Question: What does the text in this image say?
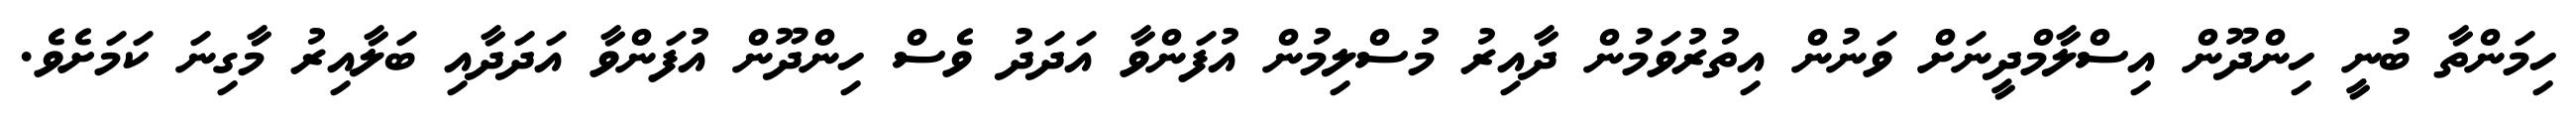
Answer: ހިމަންތާ ބުނީ ހިންދޫން އިސްލާމްދީނަށް ވަނުން އިތުރުވަމުން ދާއިރު މުސްލިމުން އުފަންވާ އަދަދު ވެސް ހިންދޫން އުފަންވާ އަދަދާއި ބަލާއިރު މާގިނަ ކަމަށެވެ.